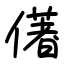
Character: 㒂